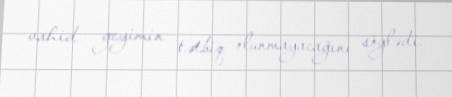
vahid geyimin tətbiq olunmayacağını söylədi.